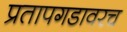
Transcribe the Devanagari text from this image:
प्रतापगडावरच